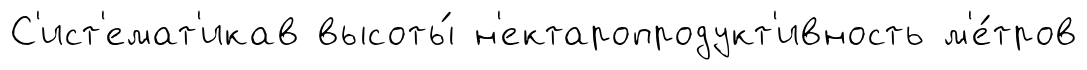
С'ист'емат'икав высоты́ н'ектаропродукт'ивность м'е́тров